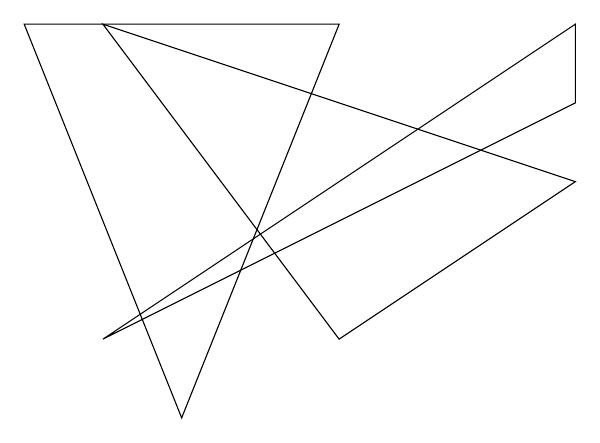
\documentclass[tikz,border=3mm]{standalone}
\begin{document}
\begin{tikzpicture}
\draw (9,4) -- (3,1) -- (9,5) -- cycle;
\draw (6,1) -- (3,5) -- (9,3) -- cycle;
\draw (4,0) -- (6,5) -- (2,5) -- cycle;
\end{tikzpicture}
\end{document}